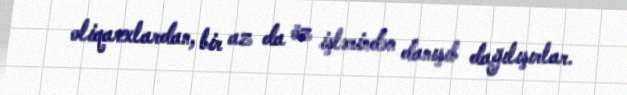
oliqarxlardan, bir az da öz işlərindən danışıb dağılışırlar.